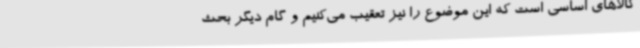
کالاهای اساسی است که این موضوع را نیز تعقیب می‌کنیم و گام دیگر بحث